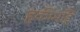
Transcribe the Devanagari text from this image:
हकीमहि